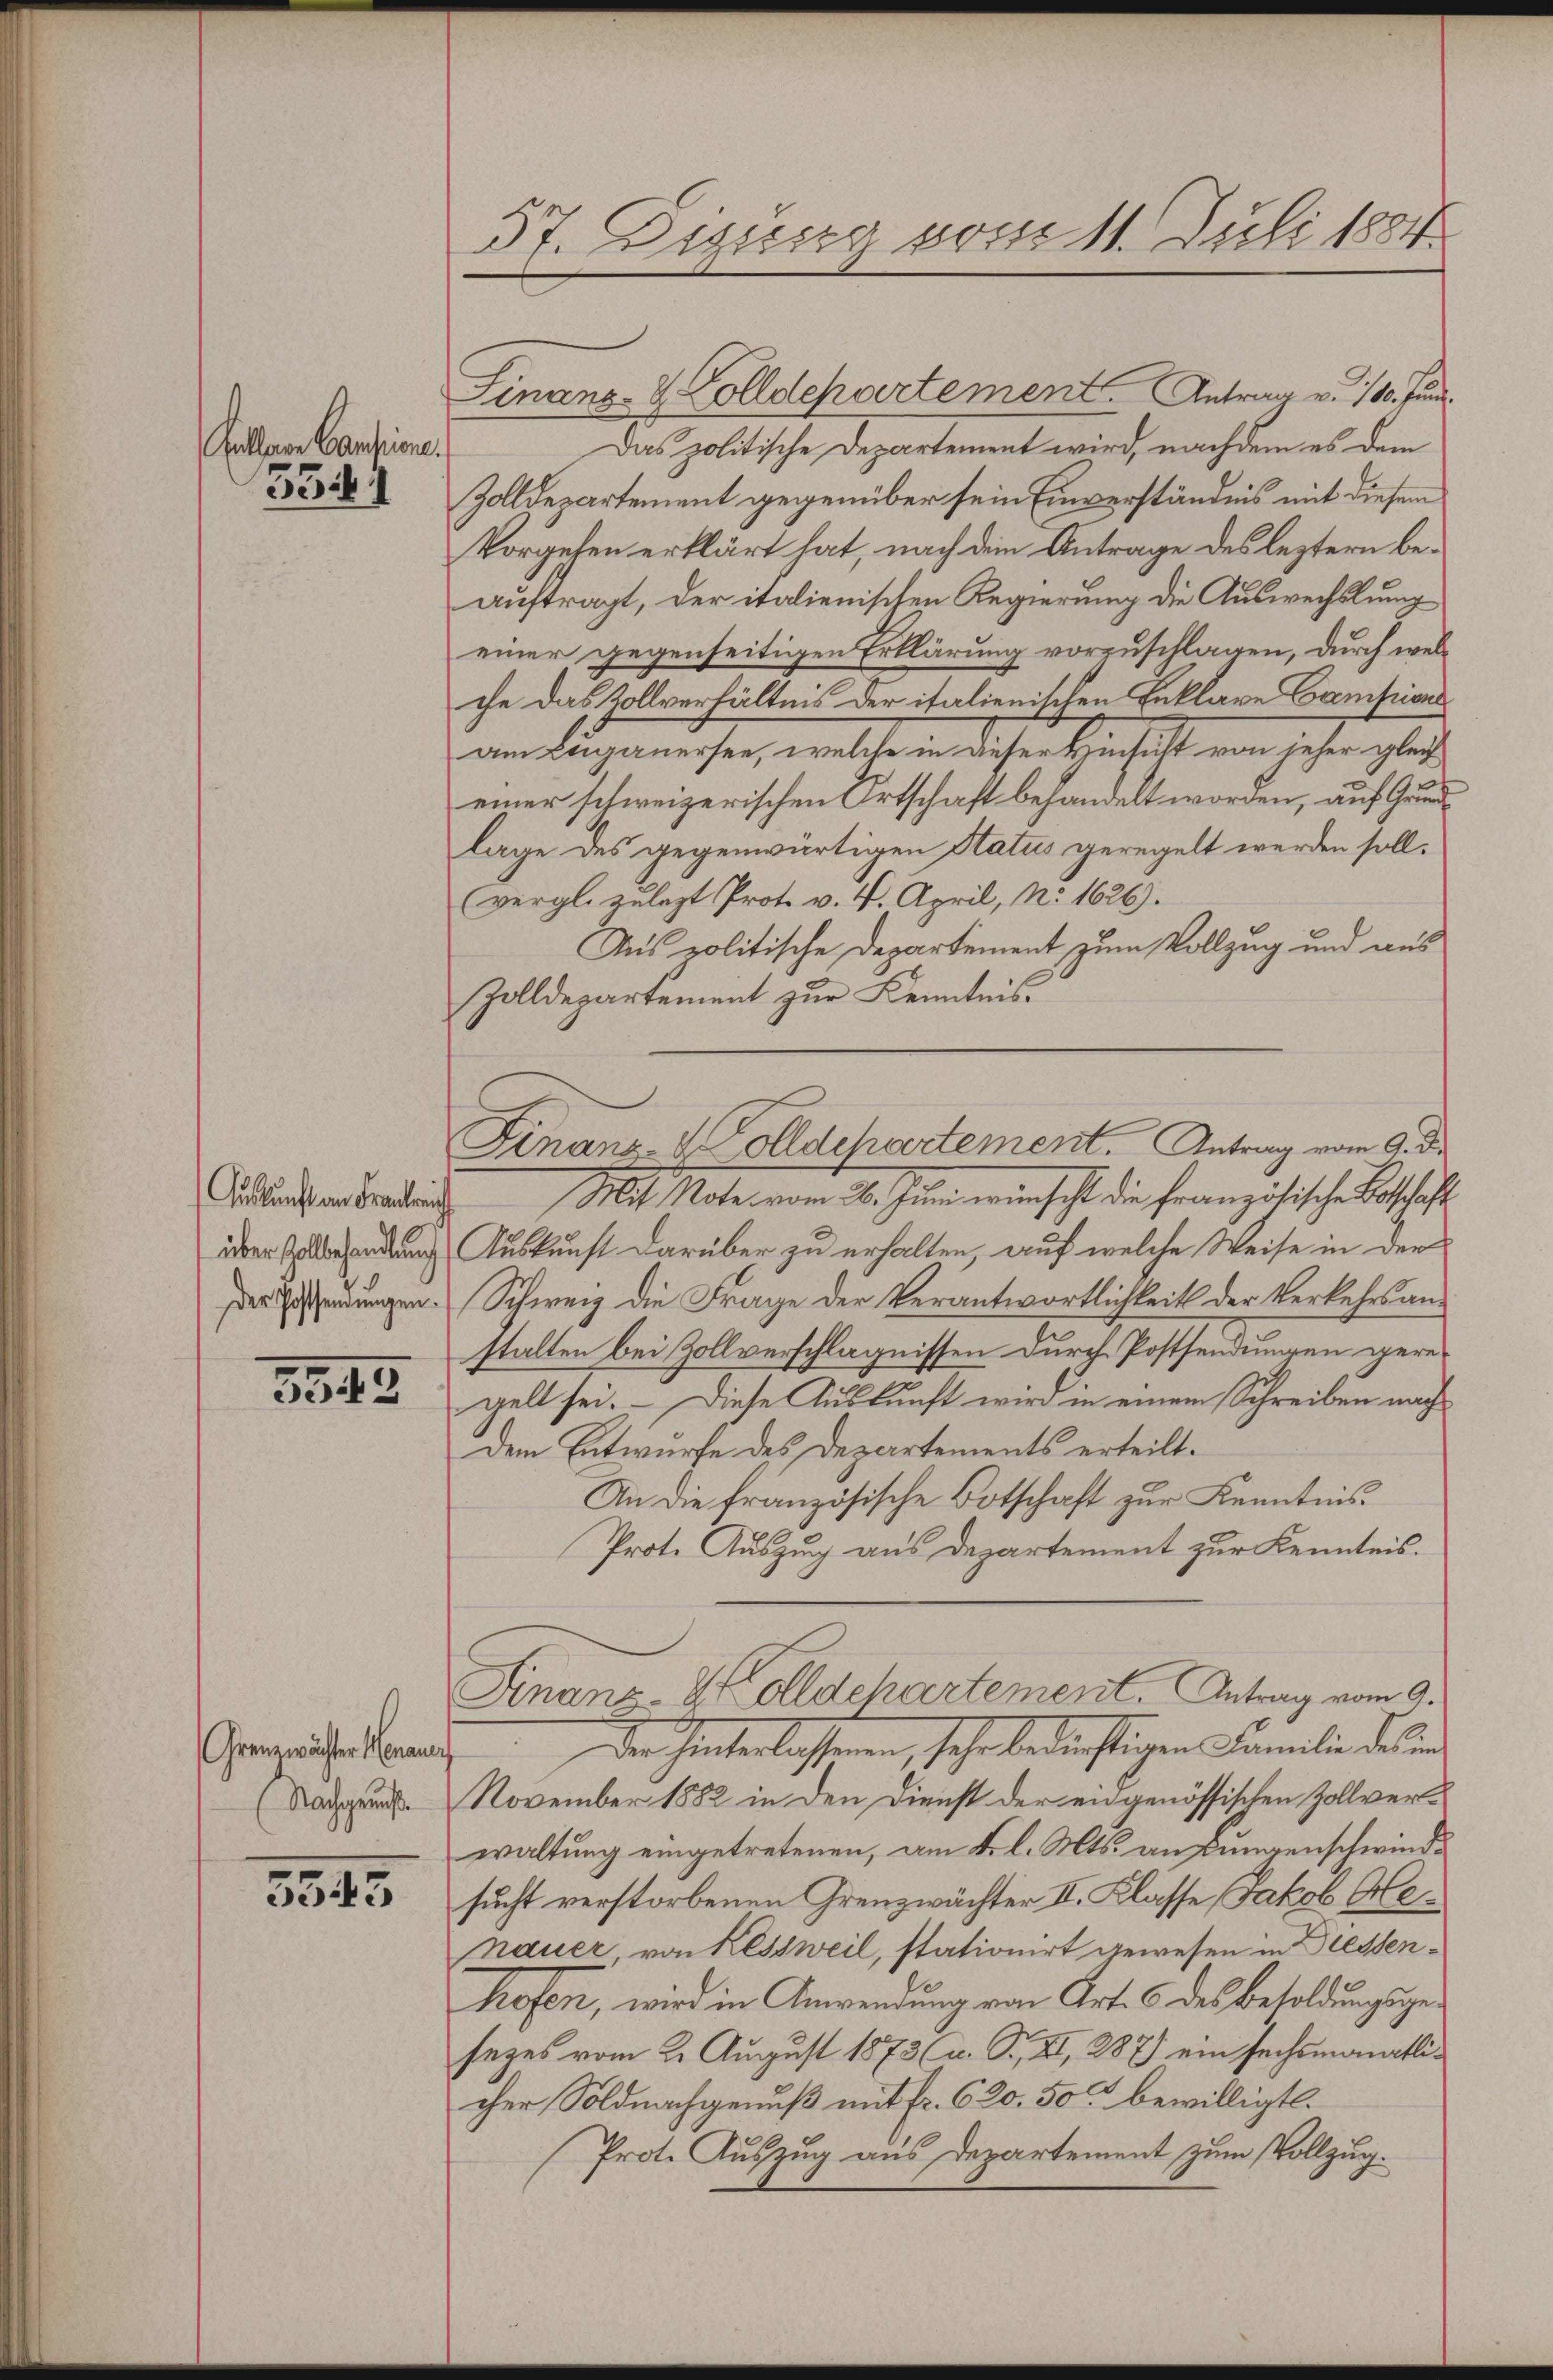
Collen Cautione.

33

über Zollbehandlung
Der Possendungen.

3345

Grenzwächter Heraus
Nachgenuß

3545

57. Dissen vom 11. Juli 1884

Finanz- & Zolldepartement. Antrag v. 180. Fund
Das politische Departement wird, nachdem es dem
Zolldepartement gegenüber sein Einverständnis mit diesem
Vorgehen erklärt hat, nach dem Antrage des leztern beauftragt, der italienischen Regierung die Auswechslung
einer gegenseitigen Erklärung vorzuschlagen, durch welche das Zollverhältnis der italienischen Enklare Campions
am Luganersee, welche in dieser Hinsicht von jeher glei
einer schweizerischen Ortschaft behandelt worden, auf Grundlage des gegenwärtigen Status geregelt werden soll.
vergl. zulezt Prot. v. 4. April, N. 1626).
Aus politische Departement zum Vollzug und aus
Zolldepartement zur Kenntnis.
drunterdankung Mit Maternen 8. Juni einhaft die Französische Botschaft
Auskunft darüber zu erhalten, auf welche Weise in der
Schweiz die Frage der Verantwortlichkeit der Verkehrsanstalten bei Zollverschlagnissen durch Postsendungen geregelt sei. – Diese Auskunft wird in einem Schreiben nach
Dem Entwurfe des Departements erteilt.
An die französische Botschaft zur Kenntnis
Prote Auszug aus Departement zur Kenntnis.
Finanz Holldchartement. Antrag vom 9.
Der Hinterlassenen, sehr bedinstigen Familie diesen
November 1882 in den Dienst der eingenössischen Zollverwaltung eingetretenen, am 4. l. Mts. an Lungenschwindsucht verstorbenen Grenzwächter II. Klasse Jakob Aenauer von Kessweil, stationirt gewesen in Diessenhofen, wird in Anwendung von Art. 6 des Besoldungsgesezes vom 2. August 1873 (u. T., XI, 287) ein sechsmonatlicher Soldnachgenuß mit Fr. 620. 50 bewilligt.
Prote Auszug aus Departement zum Vollzug.

Finanz Wolldchartement. Antrag vom 9. d.